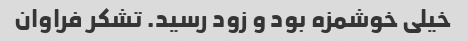
خیلی خوشمزه بود و زود رسید. تشکر فراوان